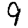
Digit: 9